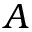
A